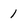
Character: 1